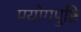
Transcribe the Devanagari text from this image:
प्रयोगपुष्टि